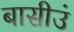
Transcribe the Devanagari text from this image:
बासीउं